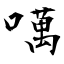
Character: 噧